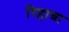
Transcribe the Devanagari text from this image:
रिहान्ना